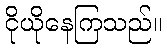
ငိုယိုနေကြသည်။